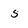
Character: 5